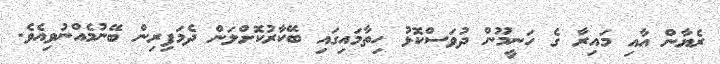
ރެޔާން އާއި މައިރާ ގެ ހަނީމޫން ދުވަސްކޮޅު ހިތާމައިގައި ބޭކާރުކޮށްލަން ދެމަފިރިން ބޭނުމެއްނުވިއެވެ.